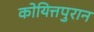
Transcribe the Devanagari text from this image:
कोयित्तपुरान